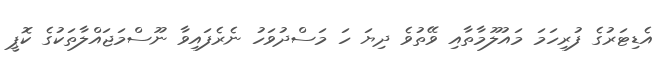
އެޑިޓަރުގެ ފުރިހަމަ މައުލޫމާތާއި ވޭތުވެ ދިޔަ ހަ މަސްދުވަހު ނެރެފައިވާ ނޫސްމަޖައްލާތަކުގެ ކޮޕީ